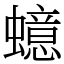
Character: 䗷